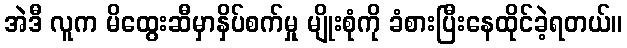
အဲဒီ လူက မိထွေးဆီမှာနှိပ်စက်မှု မျိုးစုံကို ခံစားပြီးနေထိုင်ခဲ့ရတယ်။